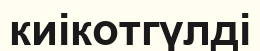
киікотгүлді